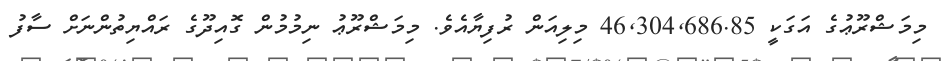
މިމަޝްރޫޢުގެ އަގަކީ 46